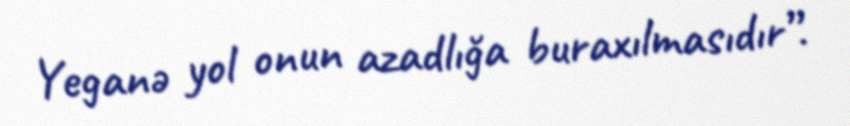
Yeganə yol onun azadlığa buraxılmasıdır”.